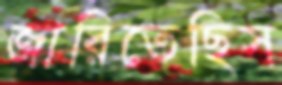
জারিতেছিস